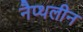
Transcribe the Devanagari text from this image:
नैप्थलीन